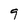
Character: 9